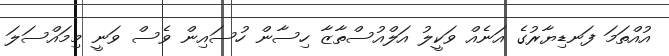
އުއްތަމަ ފަނޑިޔާރުގެ އަނެއް ވަކީލު އަލްއުސްތާޒާ ހިސާން ހުސައިން ވެސް ވަނީ މިމައްސަލަ